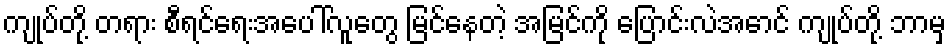
ကျုပ်တို့ တရား စီရင်ရေးအပေါ်လူတွေ မြင်နေတဲ့ အမြင်ကို ပြောင်းလဲအောင် ကျုပ်တို့ ဘာမှ